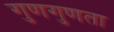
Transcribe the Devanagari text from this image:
गुणगुणता